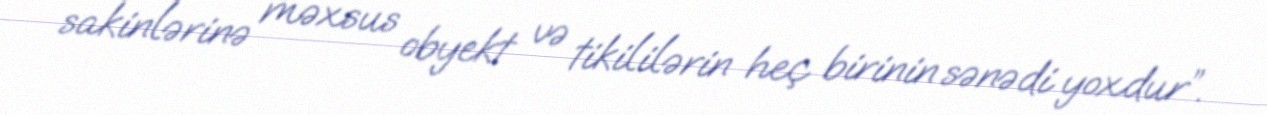
sakinlərinə məxsus obyekt və tikililərin heç birinin sənədi yoxdur”.